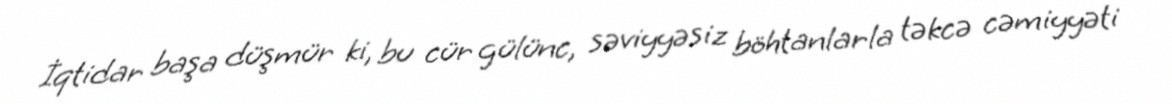
İqtidar başa düşmür ki, bu cür gülünc, səviyyəsiz böhtanlarla təkcə cəmiyyəti